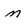
Character: n